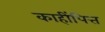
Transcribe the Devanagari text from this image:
काहींपित्त